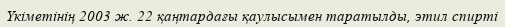
Үкіметінің 2003 ж. 22 қаңтардағы қаулысымен таратылды, этил спирті